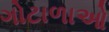
ગોટાળાઓ